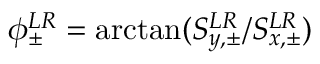
\phi _ { \pm } ^ { L R } = \arctan ( S _ { y , \pm } ^ { L R } / S _ { x , \pm } ^ { L R } )